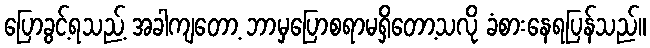
ပြောခွင့်ရသည့် အခါကျတော့ ဘာမှပြောစရာမရှိတော့သလို ခံစားနေရပြန်သည်။